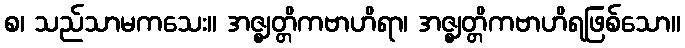
စ၊ သည်သာမကသေး။ အဇ္ဈတ္တိကဗာဟိရာ၊ အဇ္ဈတ္တိကဗာဟိရဖြစ်သော။